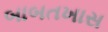
બાબતખાસ